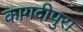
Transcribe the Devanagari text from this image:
कागदीपुरा